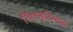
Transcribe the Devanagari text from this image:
शिक्षावृतिभोगी